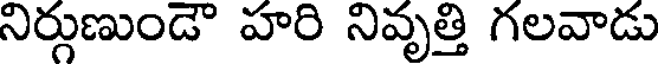
నిర్గుణుండౌ హరి నివృత్తి గలవాడు